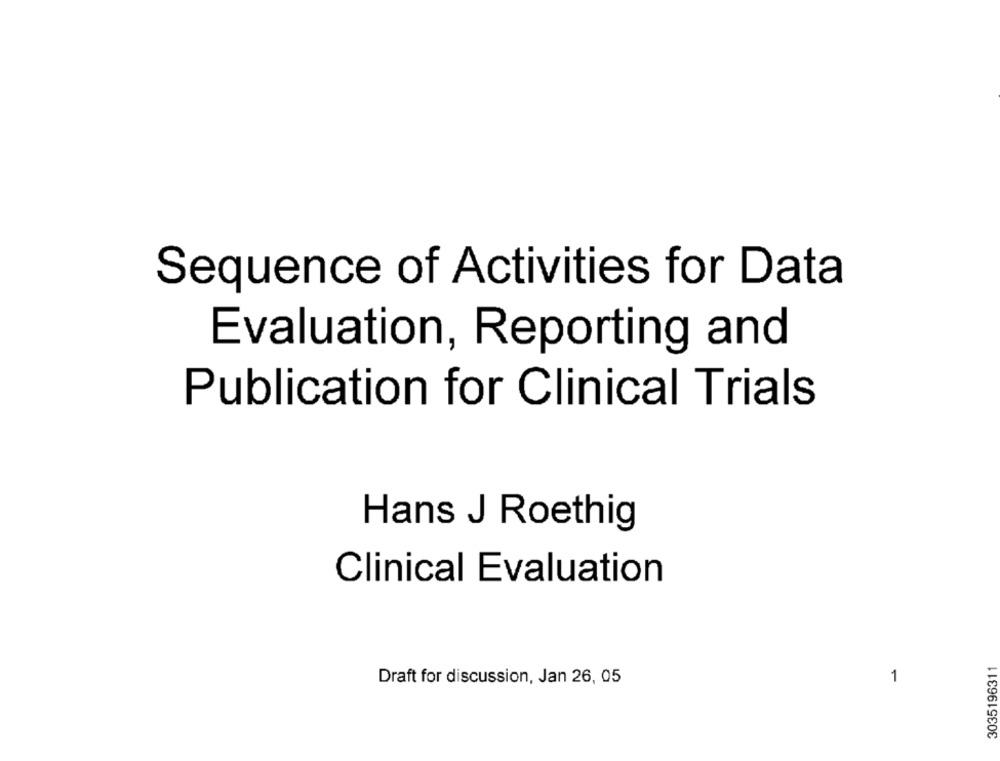
Sequence of Activities for Data
Evaluation, Reporting and
Publication for Clinical Trials
Hans J Roethig
Clinical Evaluation
3035196311
Draft for discussion, Jan 26, 05
1